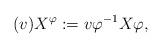
LaTeX: \begin{align*}(v)X^{\varphi}:= v\varphi^{-1}X\varphi,\end{align*}